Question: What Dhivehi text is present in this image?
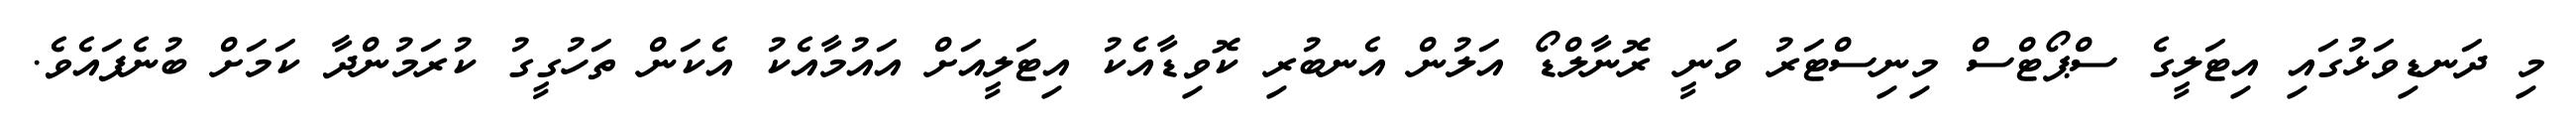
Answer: މި ދަނޑިވަޅުގައި އިޓަލީގެ ސްޕޯޓްސް މިނިސްޓަރު ވަނީ ރޮނާލްޑޯ އަލުން އެނބުރި ކޮވިޑާއެކު އިޓަލީއަށް އައުމާއެކު އެކަން ތަހުގީގު ކުރަމުންދާ ކަމަށް ބުނެފައެވެ.